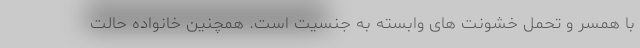
با همسر و تحمل خشونت های وابسته به جنسیت است. همچنین خانواده حالت